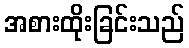
အစားထိုးခြင်းသည်